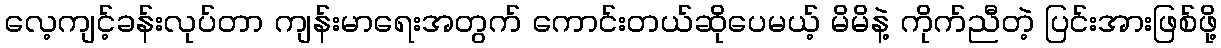
လေ့ကျင့်ခန်းလုပ်တာ ကျန်းမာရေးအတွက် ကောင်းတယ်ဆိုပေမယ့် မိမိနဲ့ ကိုက်ညီတဲ့ ပြင်းအားဖြစ်ဖို့